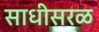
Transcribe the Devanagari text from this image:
साधीसरळ